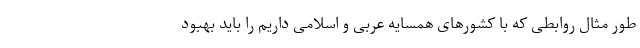
طور مثال روابطی که با کشورهای همسایه عربی و اسلامی داریم را باید بهبود